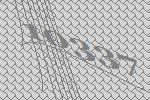
10337